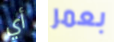
أي بعمر